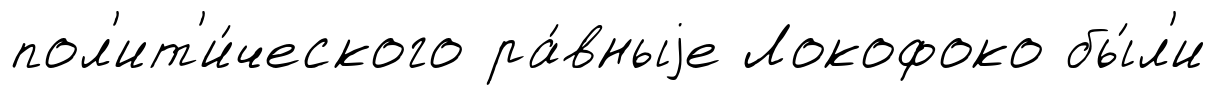
пол'ит'и́ческого ра́вныjе Локофоко бы́л'и